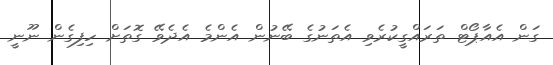
ގަން އެއާޕޯޓް ތަރައްގީކުރެވި އެތަނުގެ ބޭނުން އެންމެ އެދެވޭ ގޮތަށް ހިފިގެން ނޫނީ